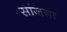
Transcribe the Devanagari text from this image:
सांजना